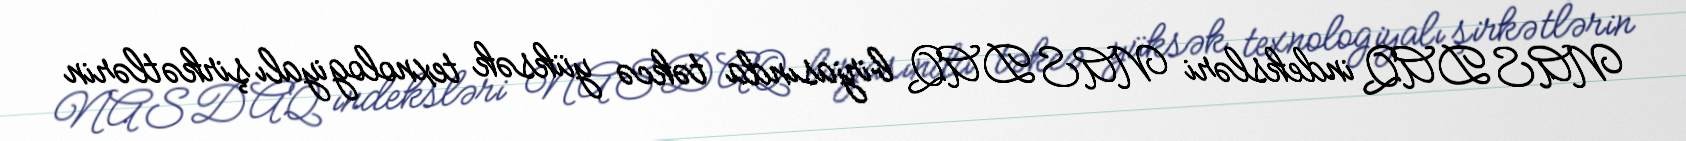
NASDAQ indeksləri NASDAQ birjasında təkcə yüksək texnologiyalı şirkətlərin